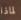
لماذا